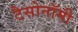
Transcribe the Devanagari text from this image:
टैसोनॉमी